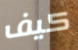
كيف